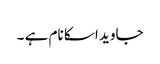
جاوید اسکا نام ہے ۔